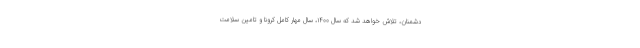
دشمنان، تلاش خواهد شد که سال ۱۴۰۰، سالِ مهار کامل کرونا و تامین سلامت